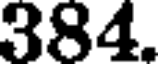
384.